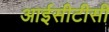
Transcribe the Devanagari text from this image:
आईसीटीसी